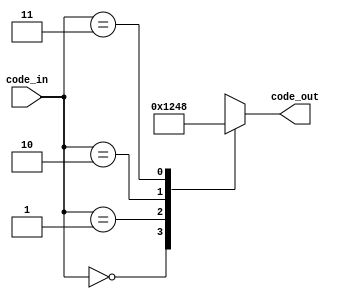
`timescale 1ns / 1ps
//////////////////////////////////////////////////////////////////////////////////
// Company: 
// Engineer: 
// 
// Design Name: 
// Module Name:    decoder_2_4 
// Project Name: 
// Target Devices: 
// Tool versions: 
// Description: 
//
// Dependencies: 
//
// Revision: 
// Revision 0.01 - File Created
// Additional Comments: 
//
//////////////////////////////////////////////////////////////////////////////////
module decoder_2_4(
    input [1:0] code_in,
    output reg [3:0] code_out
    );

always @(code_in)
  case (code_in)
     2'b00: code_out =4'b0001;
     2'b01: code_out =4'b0010;
     2'b10: code_out =4'b0100;
     2'b11: code_out =4'b1000;
  endcase

endmodule